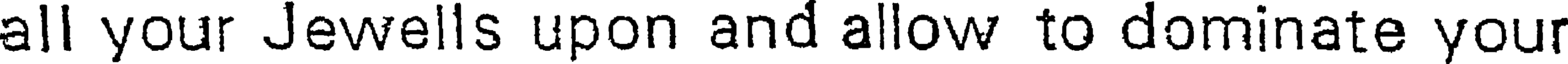
all your Jewells upon and allow to dominate your